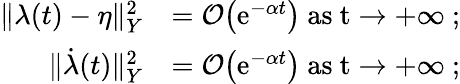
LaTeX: \begin{array}{rl}{\lVert\lambda(t)-\eta\rVert_{Y}^{2}}&{=\mathcal{O}\big(\mathrm{e}^{-\alpha t}\big)\ \mathrm{as~t\to+\infty~};}\\ {\lVert\dot{\lambda}(t)\rVert_{Y}^{2}}&{=\mathcal{O}\big(\mathrm{e}^{-\alpha t}\big)\ \mathrm{as~t\to+\infty~};}\end{array}